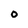
Character: O